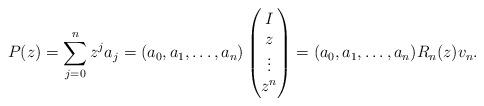
LaTeX: \begin{align*} P(z) = \sum_{j=0}^n z^j a_j = (a_0, a_1, \dots, a_n) \begin{pmatrix} I \\ z \\ \vdots \\ z^n \end{pmatrix} = (a_0, a_1, \dots, a_n) R_n(z)v_n.\end{align*}